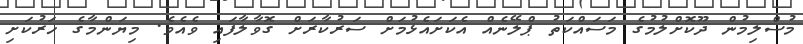
މުސްލިމުން ދޫކޮށްލުމުގެ މަސައްކަތު ޕްލޭނެއް އެކަށައެޅުމަށް ސަރުކާރަށް ގޮވާލާފައި ވެއެވެ. މިޔަންމާގެ ހަރުކަށި